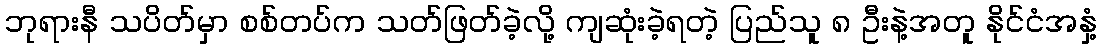
ဘုရားနီ သပိတ်မှာ စစ်တပ်က သတ်ဖြတ်ခဲ့လို့ ကျဆုံးခဲ့ရတဲ့ ပြည်သူ ၈ ဦးနဲ့အတူ နိုင်ငံအနှံ့